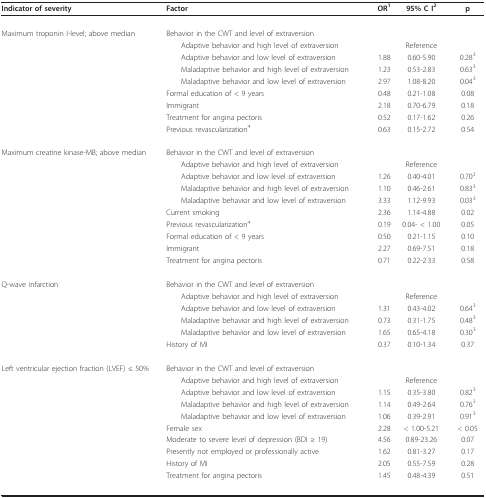
<table><thead><tr><td><b>Indicator of severity</b></td><td><b>Factor</b></td><td><b>OR<sup>1</sup></b></td><td><b>95% C I<sup>2</sup></b></td><td><b>p</b></td></tr></thead><tbody><tr><td>Maximum troponin I-level; above median</td><td>Behavior in the CWT and level of extraversion</td><td></td><td></td><td></td></tr><tr><td></td><td> Adaptive behavior and high level of extraversion</td><td></td><td>Reference</td><td></td></tr><tr><td></td><td> Adaptive behavior and low level of extraversion</td><td>1.88</td><td>0.60-5.90</td><td>0.28<sup>3</sup></td></tr><tr><td></td><td> Maladaptive behavior and high level of extraversion</td><td>1.23</td><td>0.53-2.83</td><td>0.63<sup>3</sup></td></tr><tr><td></td><td> Maladaptive behavior and low level of extraversion</td><td>2.97</td><td>1.08-8.20</td><td>0.04<sup>3</sup></td></tr><tr><td></td><td>Formal education of &lt; 9 years</td><td>0.48</td><td>0.21-1.08</td><td>0.08</td></tr><tr><td></td><td>Immigrant</td><td>2.18</td><td>0.70-6.79</td><td>0.18</td></tr><tr><td></td><td>Treatment for angina pectoris</td><td>0.52</td><td>0.17-1.62</td><td>0.26</td></tr><tr><td></td><td>Previous revascularization<sup>4</sup></td><td>0.63</td><td>0.15-2.72</td><td>0.54</td></tr><tr><td>Maximum creatine kinase-MB; above median</td><td>Behavior in the CWT and level of extraversion</td><td></td><td></td><td></td></tr><tr><td></td><td> Adaptive behavior and high level of extraversion</td><td></td><td>Reference</td><td></td></tr><tr><td></td><td> Adaptive behavior and low level of extraversion</td><td>1.26</td><td>0.40-4.01</td><td>0.70<sup>3</sup></td></tr><tr><td></td><td> Maladaptive behavior and high level of extraversion</td><td>1.10</td><td>0.46-2.61</td><td>0.83<sup>3</sup></td></tr><tr><td></td><td> Maladaptive behavior and low level of extraversion</td><td>3.33</td><td>1.12-9.93</td><td>0.03<sup>3</sup></td></tr><tr><td></td><td>Current smoking</td><td>2.36</td><td>1.14-4.88</td><td>0.02</td></tr><tr><td></td><td>Previous revascularization<sup>4</sup></td><td>0.19</td><td>0.04- &lt; 1.00</td><td>0.05</td></tr><tr><td></td><td>Formal education of &lt; 9 years</td><td>0.50</td><td>0.21-1.15</td><td>0.10</td></tr><tr><td></td><td>Immigrant</td><td>2.27</td><td>0.69-7.51</td><td>0.18</td></tr><tr><td></td><td>Treatment for angina pectoris</td><td>0.71</td><td>0.22-2.33</td><td>0.58</td></tr><tr><td>Q-wave infarction</td><td>Behavior in the CWT and level of extraversion</td><td></td><td></td><td></td></tr><tr><td></td><td> Adaptive behavior and high level of extraversion</td><td></td><td>Reference</td><td></td></tr><tr><td></td><td> Adaptive behavior and low level of extraversion</td><td>1.31</td><td>0.43-4.02</td><td>0.64<sup>3</sup></td></tr><tr><td></td><td> Maladaptive behavior and high level of extraversion</td><td>0.73</td><td>0.31-1.75</td><td>0.48<sup>3</sup></td></tr><tr><td></td><td> Maladaptive behavior and low level of extraversion</td><td>1.65</td><td>0.65-4.18</td><td>0.30<sup>3</sup></td></tr><tr><td></td><td>History of MI</td><td>0.37</td><td>0.10-1.34</td><td>0.37</td></tr><tr><td>Left ventricular ejection fraction (LVEF) ≤ 50%</td><td>Behavior in the CWT and level of extraversion</td><td></td><td></td><td></td></tr><tr><td></td><td> Adaptive behavior and high level of extraversion</td><td></td><td>Reference</td><td></td></tr><tr><td></td><td> Adaptive behavior and low level of extraversion</td><td>1.15</td><td>0.35-3.80</td><td>0.82<sup>3</sup></td></tr><tr><td></td><td> Maladaptive behavior and high level of extraversion</td><td>1.14</td><td>0.49-2.64</td><td>0.76<sup>3</sup></td></tr><tr><td></td><td> Maladaptive behavior and low level of extraversion</td><td>1.06</td><td>0.39-2.91</td><td>0.91<sup>3</sup></td></tr><tr><td></td><td>Female sex</td><td>2.28</td><td>&lt; 1.00-5.21</td><td>&lt; 0.05</td></tr><tr><td></td><td>Moderate to severe level of depression (BDI ≥ 19)</td><td>4.56</td><td>0.89-23.26</td><td>0.07</td></tr><tr><td></td><td>Presently not employed or professionally active</td><td>1.62</td><td>0.81-3.27</td><td>0.17</td></tr><tr><td></td><td>History of MI</td><td>2.05</td><td>0.55-7.59</td><td>0.28</td></tr><tr><td></td><td>Treatment for angina pectoris</td><td>1.45</td><td>0.48-4.39</td><td>0.51</td></tr></tbody></table>